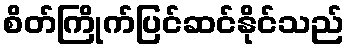
စိတ်ကြိုက်ပြင်ဆင်နိုင်သည်